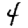
Digit: 4